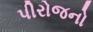
પીરોજનો